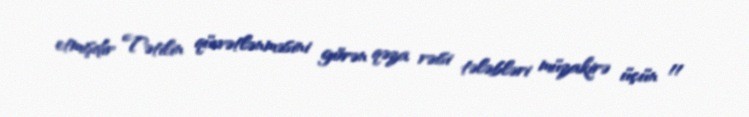
etmişdir Tətilin qüvvətlənməsini görən qəza rəisi tələbləri müzakirə üçün 11